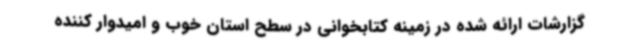
گزارشات ارائه شده در زمینه کتابخوانی در سطح استان خوب و امیدوار کننده